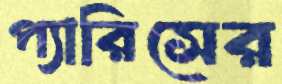
প্যারিসের